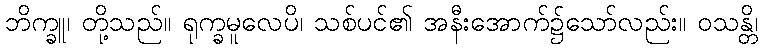
ဘိက္ခူ၊ တို့သည်။ ရုက္ခမူလေပိ၊ သစ်ပင်၏ အနီးအောက်၌သော်လည်း။ ဝသန္တိ၊